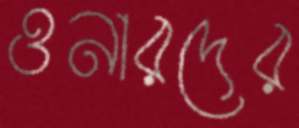
ওনারদের